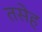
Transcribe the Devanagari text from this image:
तसेह